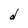
Character: d